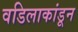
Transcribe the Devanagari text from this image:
वडिलाकांडून